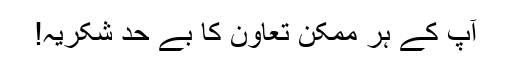
آپ کے ہر ممکن تعاون کا بے حد شکریہ!